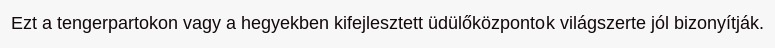
Ezt a tengerpartokon vagy a hegyekben kifejlesztett üdülőközpontok világszerte jól bizonyítják.